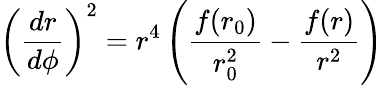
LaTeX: \left(\frac{dr}{d\phi}\right)^{2}=r^{4}\left(\frac{f(r_{0})}{r_{0}^{2}}-\frac{f(r)}{r^{2}}\right)